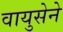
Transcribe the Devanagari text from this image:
वायुसेने